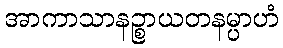
အာကာသာနဉ္စာယတနမ္ပာဟံ